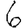
Digit: 6